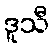
ဒူသီ